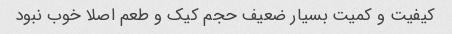
کیفیت و کمیت بسیار ضعیف حجم کیک و طعم اصلا خوب نبود